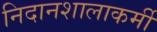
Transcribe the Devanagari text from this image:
निदानशालाकर्मी